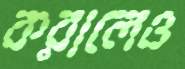
করালেও